Annual report of the Imperial Bacteriologist
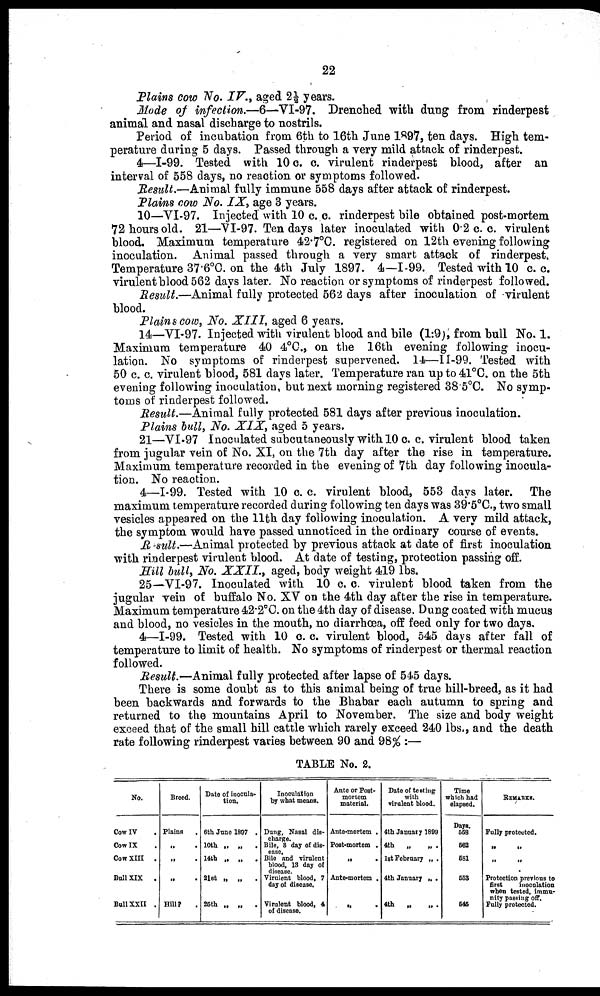
22
Plains cow No. IV., aged 2½ years.
Mode of infection.—6—VI-97. Drenched with dung from rinderpest
animal and nasal discharge to nostrils.
Period of incubation from 6th to 16th June 1897, ten days. High tem-
perature during 5 days. Passed through a very mild attack of rinderpest.
4—I-99. Tested with 10 c. c. virulent rinderpest blood, after an
interval of 558 days, no reaction or symptoms followed.
Result.—Animal fully immune 558 days after attack of rinderpest.
Plains cow No. IX, age 3 years.
10—VI-97. Injected with 10 c. c. rinderpest bile obtained post-mortem
72 hours old. 21—VI-97. Ten days later inoculated with 0.2 c. c. virulent
blood. Maximum temperature 42.7°C. registered on 12th evening following
inoculation. Animal passed through a very smart attack of rinderpest.
Temperature 37.6°C. on the 4th July 1897. 4—I-99. Tested with 10 c. c.
virulent blood 562 days later. No reaction or symptoms of rinderpest followed.
Result.—Animal fully protected 562 days after inoculation of virulent
blood.
Plains cow, No. XIII, aged 6 years.
14—VI-97. Injected with virulent blood and bile (1:9), from bull No. 1.
Maximum temperature 40.4°C., on the 16th evening following inocu-
lation. No symptoms of rinderpest supervened. 14—II-99. Tested with
50 c. c. virulent blood, 581 days later. Temperature ran up to 41°C. on the 5th
evening following inoculation, but next morning registered 38.5°C. No symp-
toms of rinderpest followed.
Result.—Animal fully protected 581 days after previous inoculation.
Plains bull, No. XIX, aged 5 years.
21—VI-97 Inoculated subcutaneously with 10 c. c. virulent blood taken
from jugular vein of No. XI, on the 7th day after the rise in temperature.
Maximum temperature recorded in the evening of 7th day following inocula-
tion. No reaction.
4—I-99. Tested with 10 c. c. virulent blood, 553 days later. The
maximum temperature recorded during following ten days was 39.5°C., two small
vesicles appeared on the 11th day following inoculation. A very mild attack,
the symptom would have passed unnoticed in the ordinary course of events.
Result.—Animal protected by previous attack at date of first inoculation
with rinderpest virulent blood. At date of testing, protection passing off.
Hill bull, No. XXII., aged, body weight 419 lbs.
25—VI-97. Inoculated with 10 c. c. virulent blood taken from the
jugular vein of buffalo No. XV on the 4th day after the rise in temperature.
Maximum temperature 42.2°C. on the 4th day of disease. Dung coated with mucus
and blood, no vesicles in the mouth, no diarrhoea, off feed only for two days.
4—I-99. Tested with 10 c. c. virulent blood, 545 days after fall of
temperature to limit of health. No symptoms of rinderpest or thermal reaction
followed.
Result.—Animal fully protected after lapse of 545 days.
There is some doubt as to this animal being of true hill-breed, as it had
been backwards and forwards to the Bhabar each autumn to spring and
returned to the mountains April to November. The size and body weight
exceed that of the small hill cattle which rarely exceed 240 lbs., and the death
rate following rinderpest varies between 90 and 98% :—
TABLE No. 2.
No.
Cow IV
Cow IX
Cow XIII
.
Bull XIX
.
Bull XXII .
Breed.
Plains
„ .
„ .
„ .
Hill? .
Date of inocula-
tion.
6th June 1897 .
10th „ „ .
14th „ „
.
21st „ „ .
25th „ „
.
Inoculation
by what means.
Dung, Nasal dis-
charge.
Bile, 8 day of dis¬
ease.
Bile and virulent
blood, 13 day of
disease.
Virulent blood, 7
day of disease.
Virulent blood, 4
of disease.
Ante or Post-
mortem
material.
Ante-mortem .
Post-mortem .
„
.
Ante-mortem .
„
.
Date of testing
with
virulent blood.
4th January 1899
4th
„
1st February „ .
4th January „ .
4th „
„ .
Time
which had
elapsed.
Days.
558
562
581
553
545
REMARKS.
Fully protected.
„ „
„ „
Protection previous to
first
inoculation
when tested, immu-
nity passing off.
Fully protected.